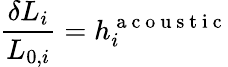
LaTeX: \frac{\delta L_{i}}{L_{0,i}}=h_{i}^{\mathrm{~a~c~o~u~s~t~i~c~}}